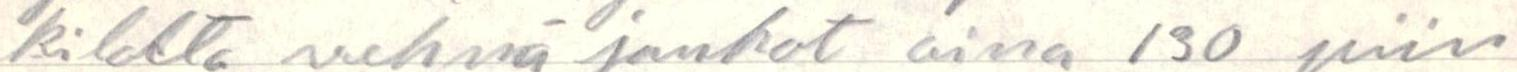
kilokta vehnä jauhot aina 130 piin